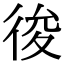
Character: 𢓭